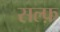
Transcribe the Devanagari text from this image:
सल्फ़